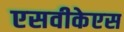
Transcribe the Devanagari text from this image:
एसवीकेएस